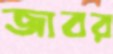
জাবর